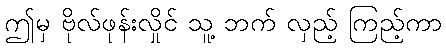
ဤမှ ဗိုလ်ဖုန်းလှိုင် သူ့ ဘက် လှည့် ကြည့်ကာ